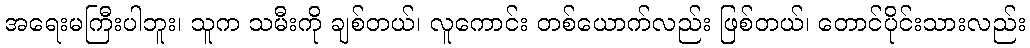
အရေးမကြီးပါဘူး၊ သူက သမီးကို ချစ်တယ်၊ လူကောင်း တစ်ယောက်လည်း ဖြစ်တယ်၊ တောင်ပိုင်းသားလည်း